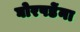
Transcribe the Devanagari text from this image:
घोरपडेंना